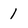
Character: 1